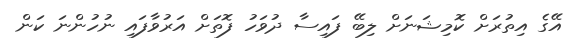
އޭގެ އިތުރަށް ކޮމިޝަނަށް ލިބޭ ފައިސާ ދުވަހު ފޮތަށް އަރުވާފައި ނުހުންނަ ކަން